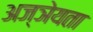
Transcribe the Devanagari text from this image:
अज्ञेयता